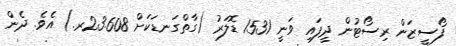
ފޯސީޒަން ރިސޯޓުން ދީފައި ވަނީ 1531 ޑޮލަރު (ގާތްގަނޑަކަށް 23.608ރ.) އެވެ. ދެން